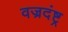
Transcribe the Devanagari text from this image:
वज्रदंष्ट्र